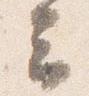
云